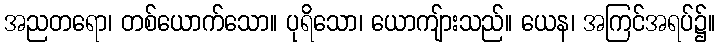
အညတရော၊ တစ်ယောက်သော။ ပုရိသော၊ ယောကျ်ားသည်။ ယေန၊ အကြင်အရပ်၌။